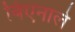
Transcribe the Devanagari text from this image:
बिएनाले